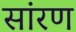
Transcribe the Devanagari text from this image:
सांरण